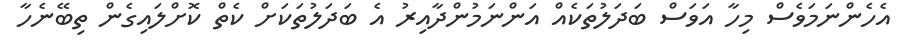
އެހެންނަމަވެސް މިހާ އަވަސް ބަދަލުތަކެއް އަންނަމުންދާއިރު އެ ބަދަލުތަކަށް ކެތް ކޮށްލައިގެން ތިބޭނެހާ